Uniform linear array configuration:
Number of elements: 24
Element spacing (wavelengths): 0.25
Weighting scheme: hann
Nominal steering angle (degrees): -30
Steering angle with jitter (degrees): -30.984
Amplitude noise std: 0.05
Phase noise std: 0.05

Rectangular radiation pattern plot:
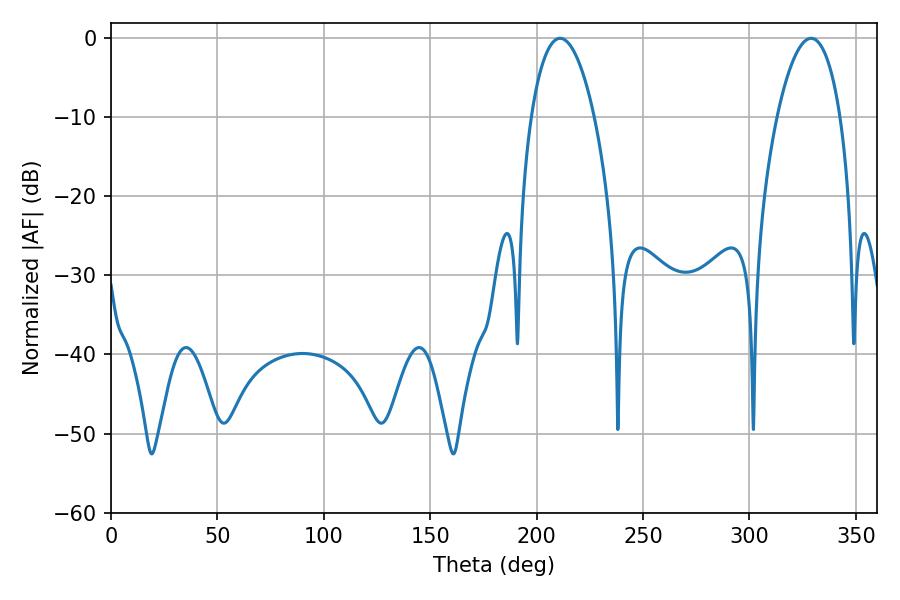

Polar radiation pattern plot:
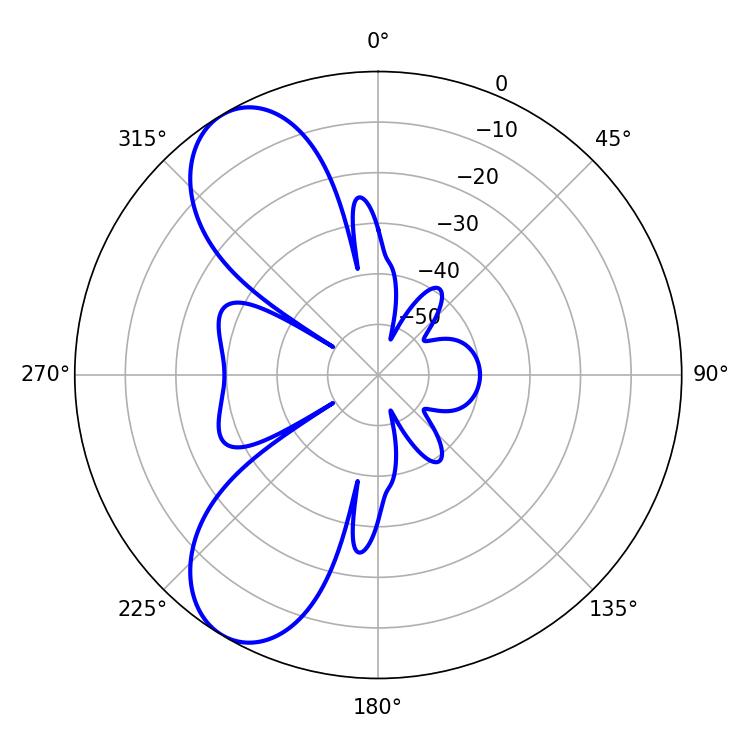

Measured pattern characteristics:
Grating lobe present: FALSE
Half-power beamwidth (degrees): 16.74
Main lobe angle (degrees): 210.96